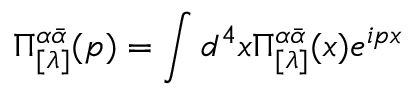
\Pi _ { [ \lambda ] } ^ { \alpha \bar { \alpha } } ( p ) = \int d ^ { 4 } x \Pi _ { [ \lambda ] } ^ { \alpha \bar { \alpha } } ( x ) e ^ { i p x }